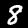
Digit: 8